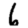
Digit: 6